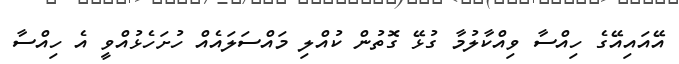
އޭއައިއޭގެ ހިއްސާ ވިއްކާލުމާ ގުޅޭ ގޮތުން ކުއްލި މައްސަލައެއް ހުށަހެޅުއްވީ އެ ހިއްސާ